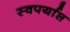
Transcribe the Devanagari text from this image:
स्वपर्याप्त